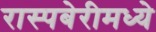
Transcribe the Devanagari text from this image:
रास्पबेरीमध्ये